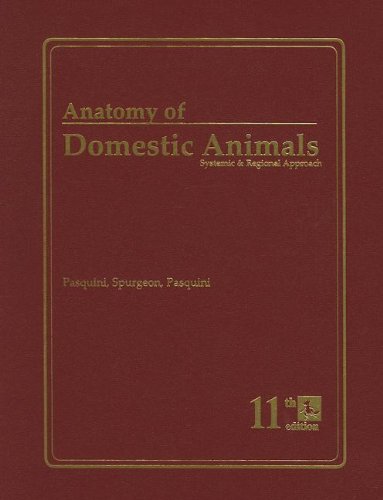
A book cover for Anatomy of Domestic Animals: Systemic & Regional Approach; Chris Pasquini; Medical Books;